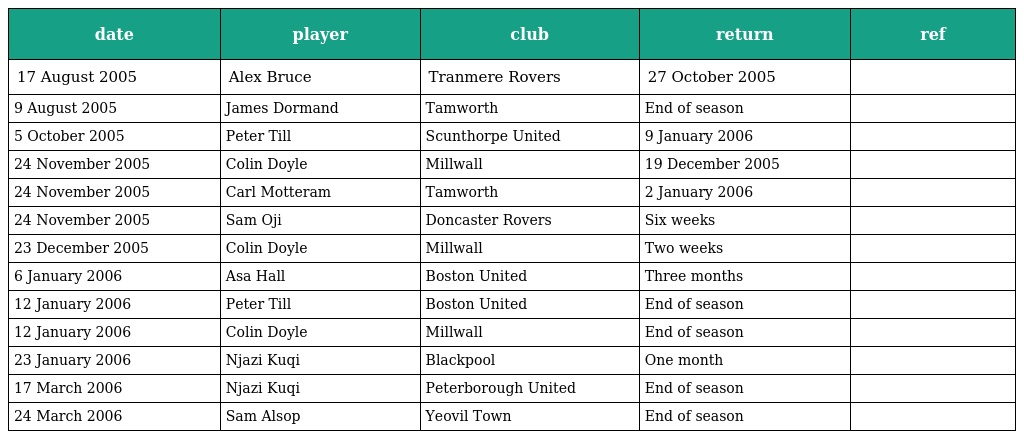
| date | player | club | return | ref |
 | --- | --- | --- | --- | --- |
 | 17 August 2005 | Alex Bruce | Tranmere Rovers | 27 October 2005 |  |
 | 9 August 2005 | James Dormand | Tamworth | End of season |  |
 | 5 October 2005 | Peter Till | Scunthorpe United | 9 January 2006 |  |
 | 24 November 2005 | Colin Doyle | Millwall | 19 December 2005 |  |
 | 24 November 2005 | Carl Motteram | Tamworth | 2 January 2006 |  |
 | 24 November 2005 | Sam Oji | Doncaster Rovers | Six weeks |  |
 | 23 December 2005 | Colin Doyle | Millwall | Two weeks |  |
 | 6 January 2006 | Asa Hall | Boston United | Three months |  |
 | 12 January 2006 | Peter Till | Boston United | End of season |  |
 | 12 January 2006 | Colin Doyle | Millwall | End of season |  |
 | 23 January 2006 | Njazi Kuqi | Blackpool | One month |  |
 | 17 March 2006 | Njazi Kuqi | Peterborough United | End of season |  |
 | 24 March 2006 | Sam Alsop | Yeovil Town | End of season |  |